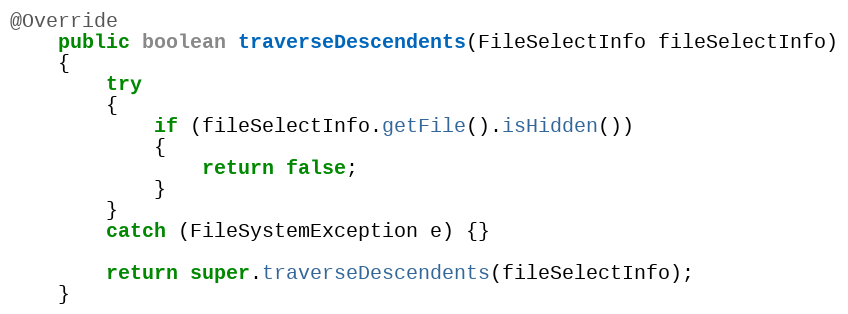
Language: Java
@Override
    public boolean traverseDescendents(FileSelectInfo fileSelectInfo)
    {
        try
        {
            if (fileSelectInfo.getFile().isHidden())
            {
                return false;
            }
        }
        catch (FileSystemException e) {}

        return super.traverseDescendents(fileSelectInfo);
    }